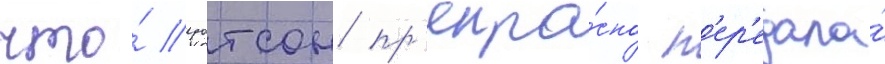
что́ уотсон пр'екра́сно п'ер'едала́